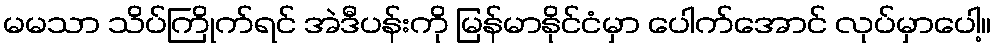
မမသာ သိပ်ကြိုက်ရင် အဲဒီပန်းကို မြန်မာနိုင်ငံမှာ ပေါက်အောင် လုပ်မှာပေါ့။